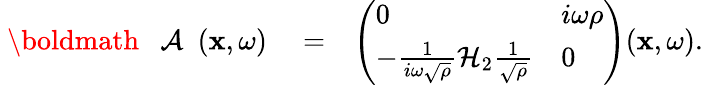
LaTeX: \begin{array}{rlr}{{{\mathrm{~\boldmath~{~\cal~A~}~}}}({\mathbf x},\omega)}&{{}=}&{\left(\begin{array}{ll}{0}&{i\omega\rho}\\ {-\frac{1}{i\omega\sqrt{\rho}}{\cal H}_{2}\frac{1}{\sqrt{\rho}}}&{0}\end{array}\right)({\mathbf x},\omega).}\end{array}